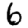
Digit: 6